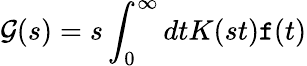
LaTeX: \mathcal{G}(s)=s\int_{0}^{\infty}dtK(st)\mathtt{f}(t)